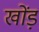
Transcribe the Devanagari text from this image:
खोंड़